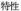
特性